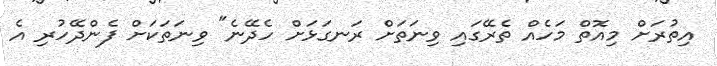
އިތުރަށް މިއޮތް މަހެއް ތެރޭގައި ވިނަތަށް ރަނގަޅަށް ހެދޭނެ" ވިނަތަކަށް ފެންދޭހުރި އެ